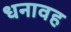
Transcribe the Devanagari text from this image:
धनावह